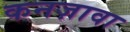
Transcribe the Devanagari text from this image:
कनज़ावा